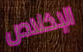
الإخلاص